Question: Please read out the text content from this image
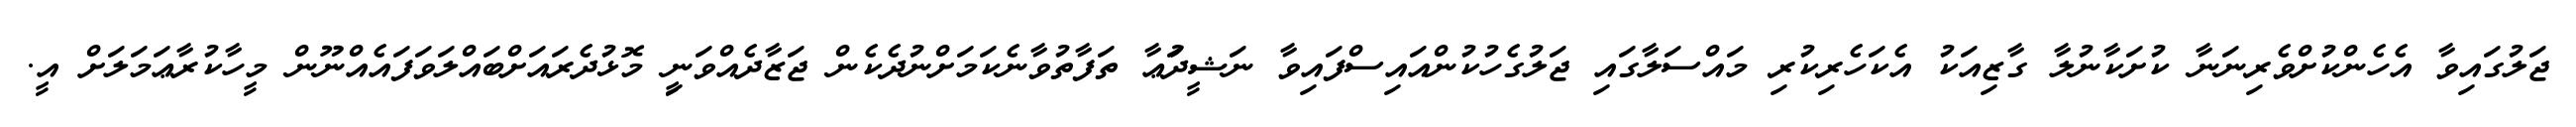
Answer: ޖަލުގައިވާ އެހެންކުށްވެރިނަނާ ކުށަކާނުލާ ގާޒިއަކު އެކަހެރިކުރި މައްސަލާގައި ޖަލުގެހުކުންއައިސްފައިވާ ނަޝީދުަޢާ ތަފާތުވާނެކަމަށްނުދެކެން ޖަޒާދެއްވަނިީ މޮޅުދެރައަށްބައްލަވަފައެއްނޫން މީހާކުރާޢަމަލަށް އީ.